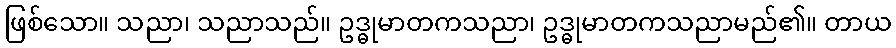
ဖြစ်သော။ သညာ၊ သညာသည်။ ဥဒ္ဓုမာတကသညာ၊ ဥဒ္ဓုမာတကသညာမည်၏။ တာယ